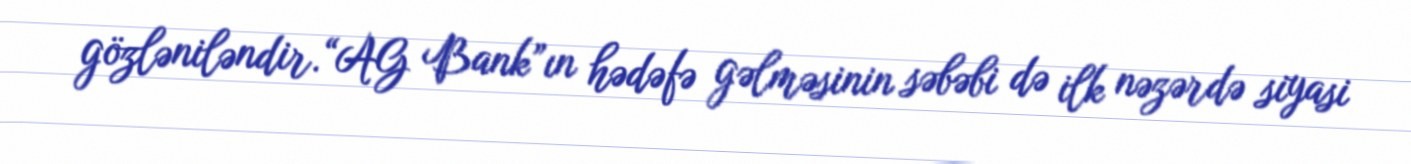
gözləniləndir.“AG Bank”ın hədəfə gəlməsinin səbəbi də ilk nəzərdə siyasi